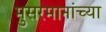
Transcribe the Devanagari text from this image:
मुसरमानांच्या